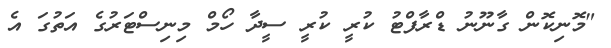
"މޮނިކޮން ގާނޫނު ޑްރާފްޓު ކުރީ ކުރީ ސީދާ ހޯމް މިނިސްޓަރުގެ އަތުގަ އެ